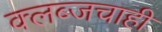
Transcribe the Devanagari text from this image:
क्लब्जचाही